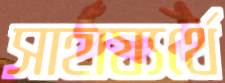
সাহায্যর্থে